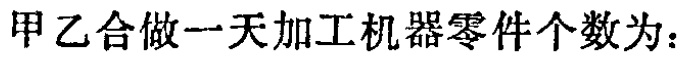
甲乙合做一天加工机器零件个数为：